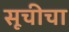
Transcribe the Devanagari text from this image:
सूचीचा